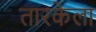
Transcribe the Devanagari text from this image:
तारकेला